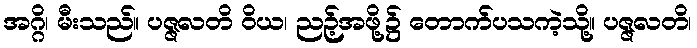
အဂ္ဂိ၊ မီးသည်။ ပဇ္ဇလတိ ဝိယ၊ ညဉ့်အဖို့၌ တောက်ပသကဲ့သို့။ ပဇ္ဇလတိ၊